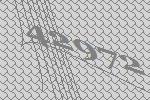
42972